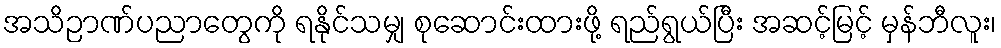
အသိဉာဏ်ပညာတွေကို ရနိုင်သမျှ စုဆောင်းထားဖို့ ရည်ရွယ်ပြီး အဆင့်မြင့် မှန်ဘီလူး၊